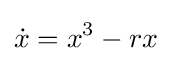
{\dot {x}}=x^{3}-rx